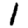
Digit: 1